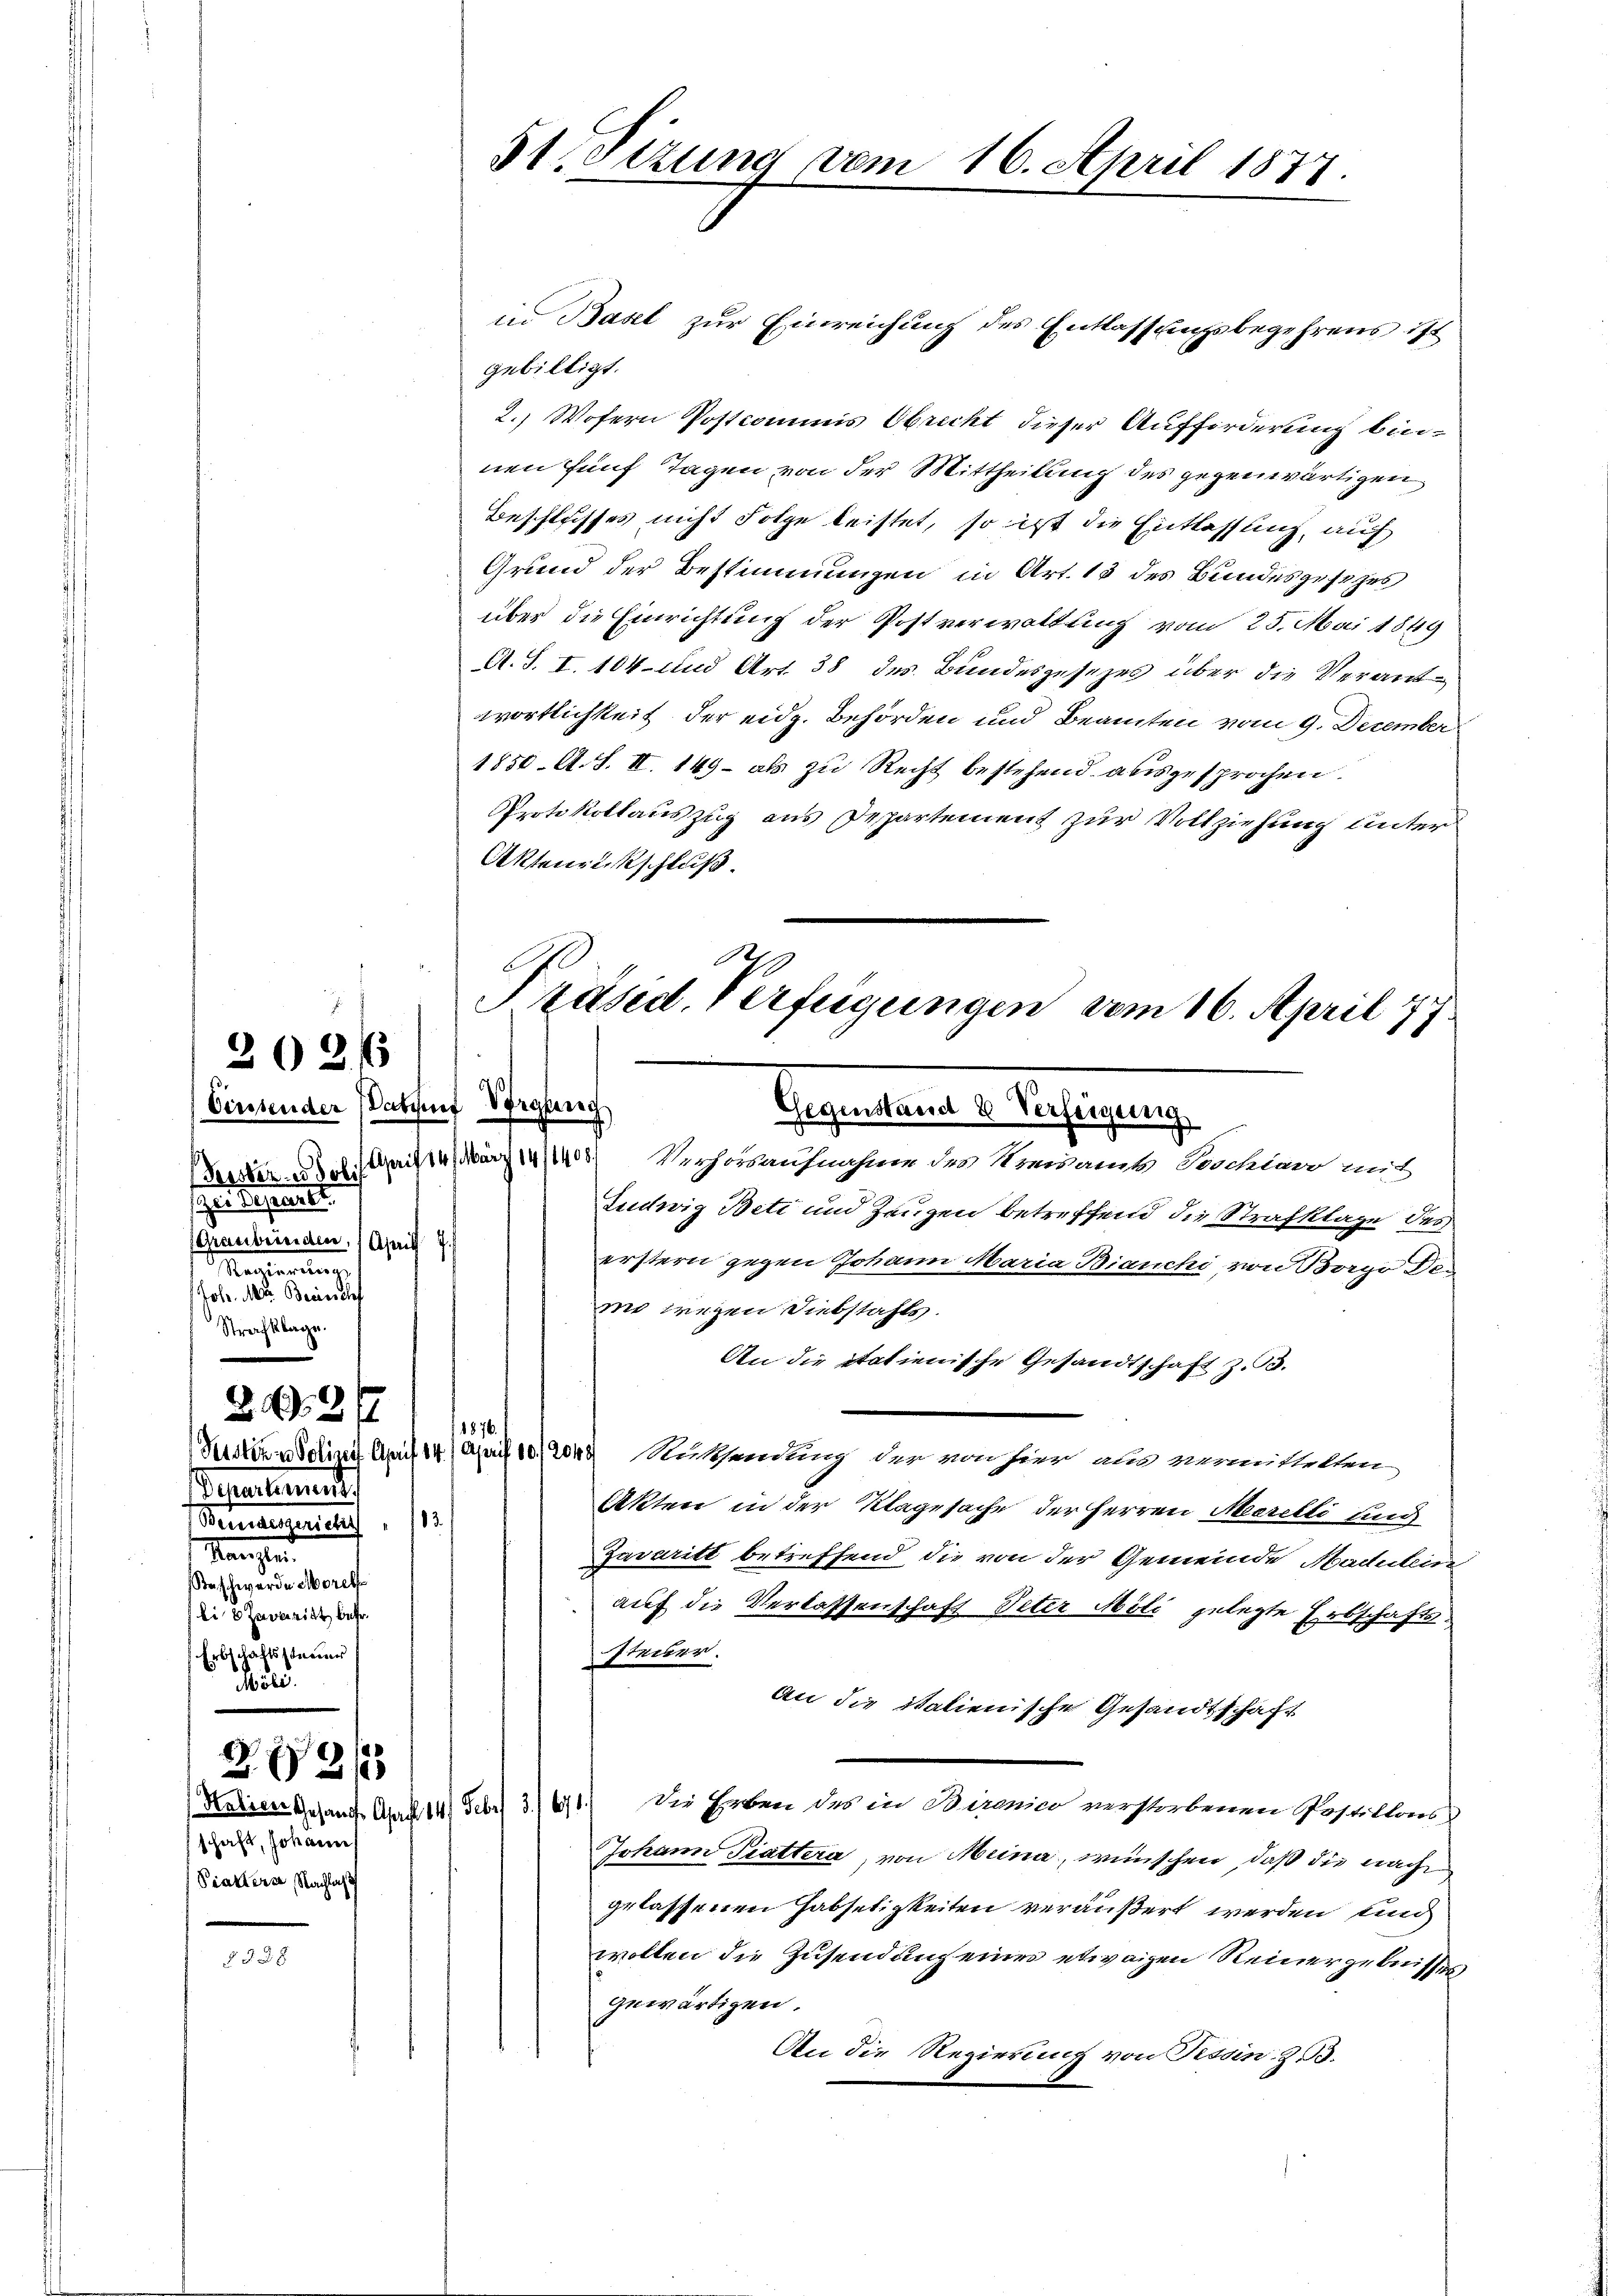
202/

(Persten u Poli
sezten Spinner
Graubünden, (April 7.
Nac
ole.
Strafklage.

242 f

repartement
Beundesgericht, 103
anzten
Staschwerde Morels
li zueritt betr.
Erbschaftssteuer
Modi

282/

schaft, Johann
Piarterer, Nachlas

in Basel zur Einreichung des Entlassungsbegehrens ist
gebilligt.
2. Wofern Postcommis Obricht dieser Aufforderung binnen fünf Tagen von der Mittheilung des gegenwärtigen
Beschlusses nicht Folge leistet, so ist die Entlassung, auf
Grund der Bestimmungen in Art. 13 des Bundesgesezes
über die Einrichtung der Postverwaltung vom 25. Mai 1849
A. S. I. 104 und Art. 38 des Bundesgesezes über die Verantwortlichkeit der eidg. Behörden und Beamten vom 9. December
1850. A. S. II. 149 - als zu Recht bestehend ausgesprochen.
Protokollauszug aus Departement zur Vollziehung unter
Aktenrückschluß.
Cinsender Paten Vorgeng
da) Verhörsaufnahme des Kreisamts Taschtaro mit
Ludwig Bett und Zeugen betreffend die Strafklage des
erstern gegen Johann Maria Bianchi, von Borgo Deme wegen Diebstahls.
An die italienische Gesandtschaft z. B.
1876.
Setstern Polizeit April 14. April 10/2048 Rücksendung der von hier als vermittelten,
Akten in der Klagesache der Herren Meerelli und
Zavaritt betreffend die von der Gemeinde Madutein
auf die Verlassenschaft Veter Möli gelegte Erbschaftssteuer.
An die italienische Gesandtschaft
Keinen Gesandt Art 14. Febr. 3. 671.) Die Erben des in Bironier verstorbenen Postillons
Johann Piattera, von Meina, wünschen, daß die nach
gelassenen Habseligkeiten veräußert werden, und
wollen die Zusendung eines etwaigen Reinergebnisses
gewärtigen.
An die Regierung von Tissin. Z. 3.

51. Sizung vom 16. April 1877.

A
Präsid. Verfügungen vom 16. April 177
Gegenstand 2 Verfeigung